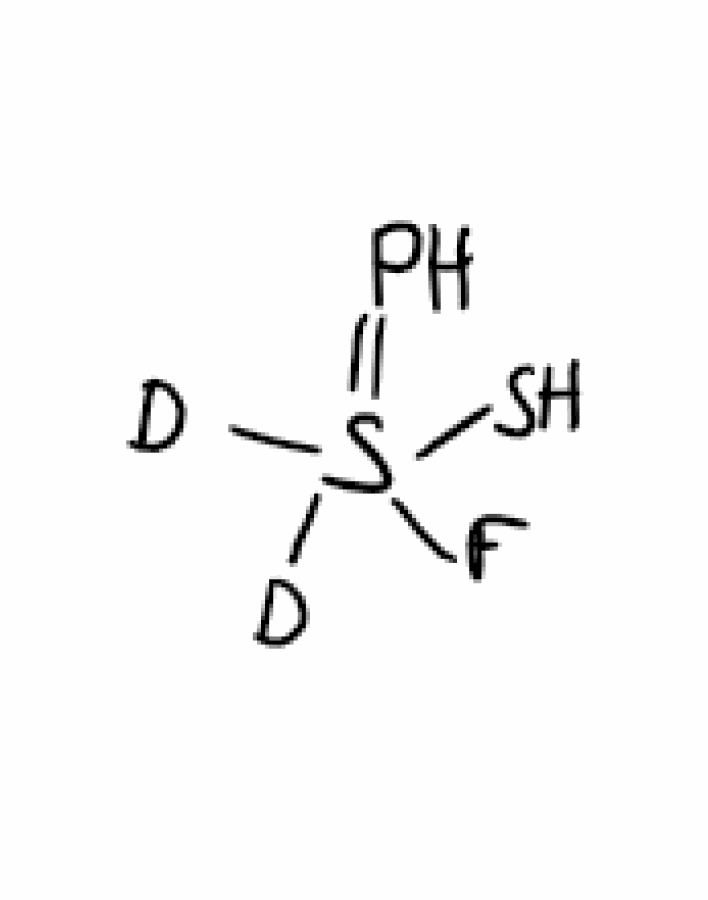
Simplified molecular-input line-entry system (SMILES) notation of the given molecule:
[2H]S(=P)([2H])(F)S